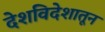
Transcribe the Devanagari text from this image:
देशविदेशातून